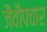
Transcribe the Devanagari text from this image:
जैवौपचार